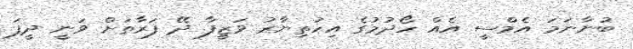
ބުނާނަމަ އެމްސީ އެއް ހޯދުމުގެ އިހުތިޔާރު ވަޒީފާ ދޭ ފަރާތަށް ވަނީ ދީފަ